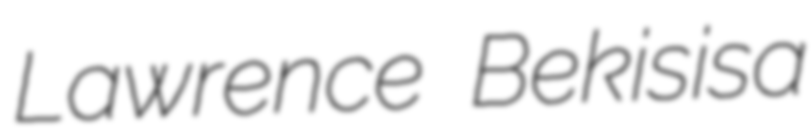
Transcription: Lawrence Bekisisa